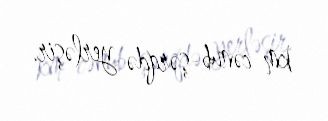
km cənub-şərqdə yerləşir.